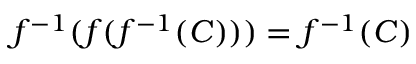
f ^ { - 1 } ( f ( f ^ { - 1 } ( C ) ) ) = f ^ { - 1 } ( C )